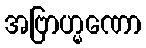
အဗြာဟ္မဏော